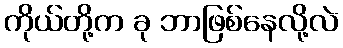
ကိုယ်တို့က ခု ဘာဖြစ်နေလို့လဲ